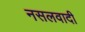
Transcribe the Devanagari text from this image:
नसलवादी